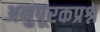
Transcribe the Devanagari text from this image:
अनुपूरकप्रश्न